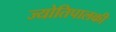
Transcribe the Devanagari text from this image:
ज्योतिपालकी